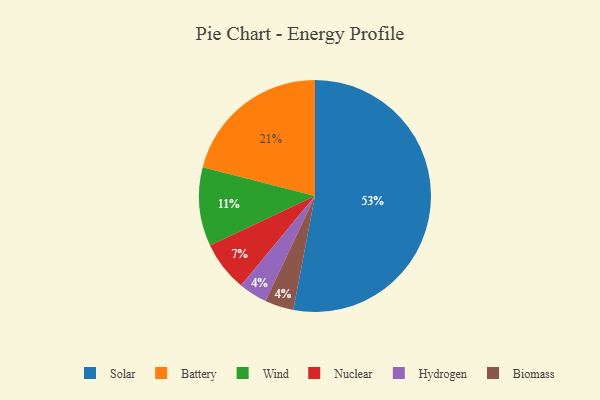
{"axis": {"x": "Category", "y": "Percentage"}, "legend": ["Battery", "Biomass", "Hydrogen", "Nuclear", "Solar", "Wind"], "data": [{"x": "Wind", "y": 11, "type": "Wind"}, {"x": "Hydrogen", "y": 4, "type": "Hydrogen"}, {"x": "Biomass", "y": 4, "type": "Biomass"}, {"x": "Nuclear", "y": 7, "type": "Nuclear"}, {"x": "Battery", "y": 21, "type": "Battery"}, {"x": "Solar", "y": 53, "type": "Solar"}]}